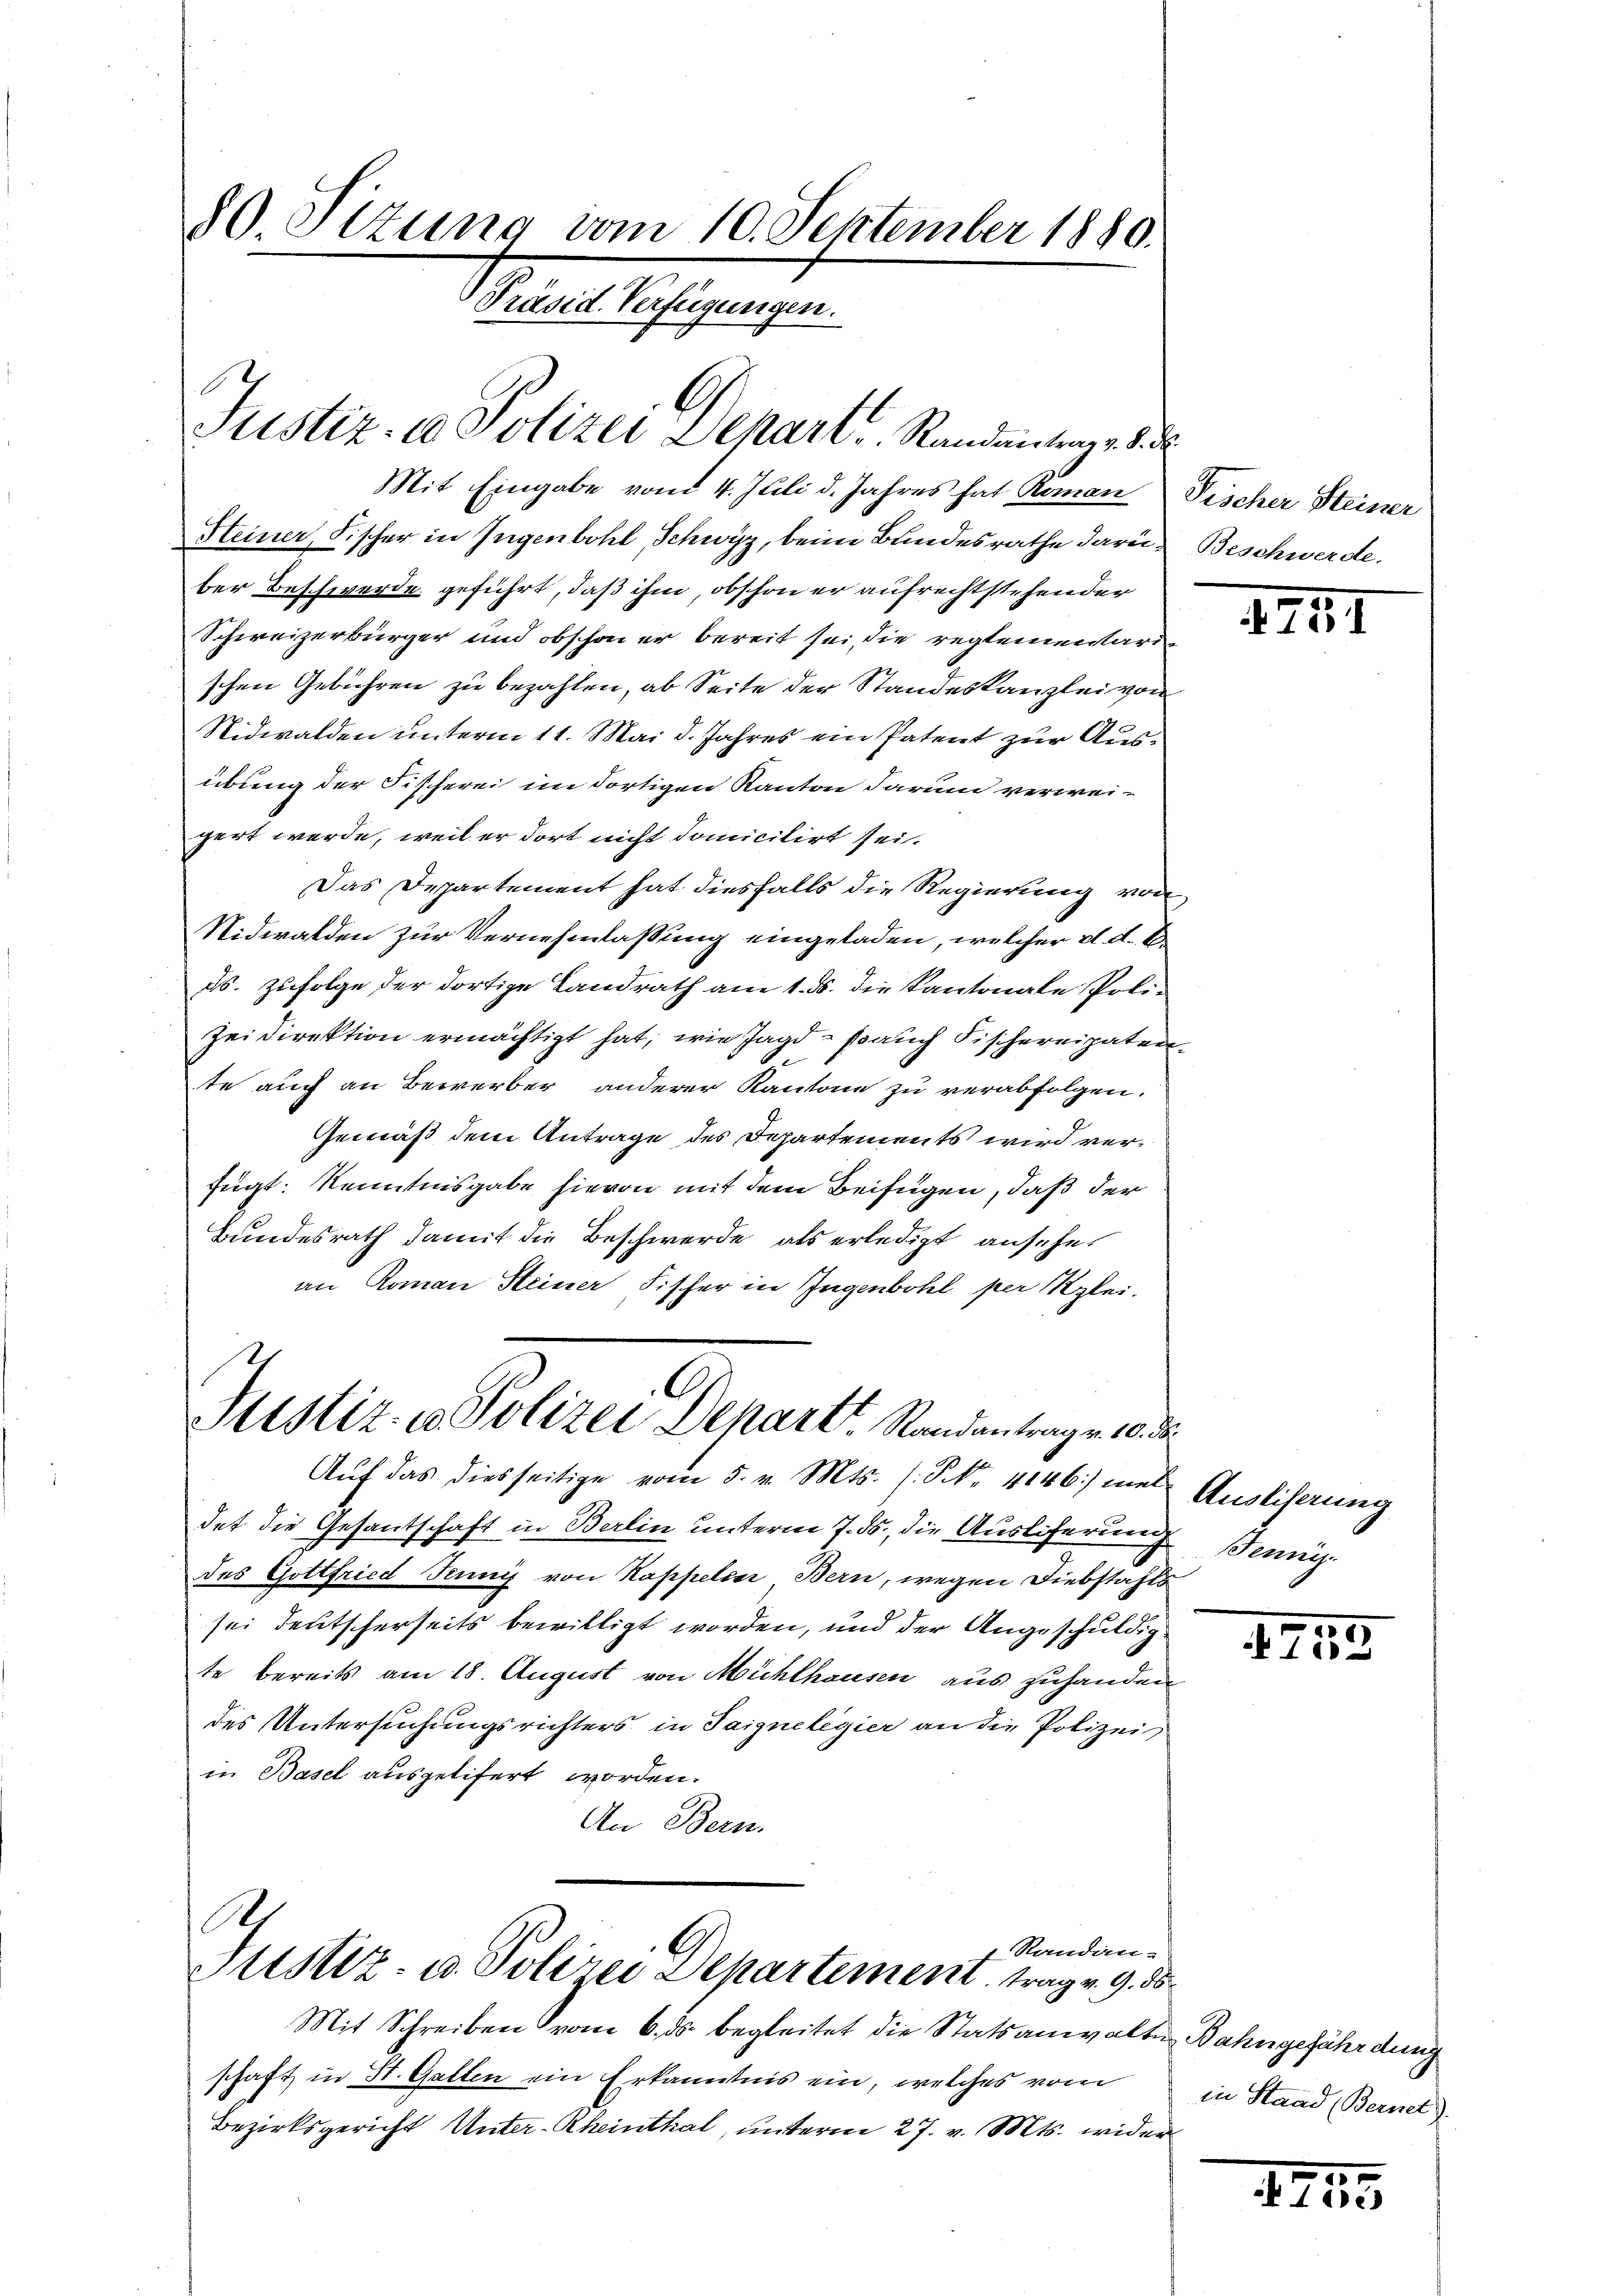
80. Sizung vom 10. September 1880.
Präsid. Verfügungen.

A
Justiz- & Polizei Schart, Randantrag v. 8.

Mit Eingabe vom 4. Juli d. Jahres hat Roman Tischer Steiner
Kleiner, Fischer in Jugenbohl, Schwyz, beim Bundesrathe dare Beschwerde.
ber Beschwerde geführt, daß ihm, obschon er aufrechtstehender
Schweizerbürger und obschon er bereit sei, die reglementarischen Gebühren zu bezahlen, ab Seite der Standeskanzlei von
Nidwalden unterm 11. Mai d. Jahres ein Patent zur Ausübung der Fischerei im dortigen Kanton darum verweigert werde, weil er dort nicht domicilirt sei.
Das Departement hat diesfalls die Regierung von
Nidwalden zur Vernehmlassung eingeladen, welcher d. d. B.
ds. zufolge der dortige Landrath am 1. ds. die Kantonale Poli-
Zeidirektion ermächtigt hat, wie Jagd- Bauch Fischereipaten
te auch an Bewerber anderer Kantone zu verabfolgen.
Gemäß dem Antrage des Departements wird verfügt: Kenntnisgabe hievon mit dem Beifügen, daß der
Bundesrath damit die Beschwerde als erledigt ansehen
an Roman Steiner Fischer in Ingenbohl per Klei-
21
Justiz- u. Polizei Depart. Randantrag v. 10. d.

Aŭf das diesseitige vom 5. v. Mts. s. S. Nr. 4146) mit Ausliserung
det die Gesantschaft in Berlin unterm 7. ds., die Auslieferung
des Gottfried Jennij von Kappelin Bern, wegen Diebstafts
sei deutscherseits bewilligt worden, und der Angeschuldig
te bereits am 18. August von Mühlhausen aus zuhanden
des Untersuchungsrichters in Saigne legier an die Polizei,
in Basel ausgetifert worden.
An Bern.

A
 Randan-
Justiz- u. Polizei Departement trag v. 9. ds.

Mit Schreiben vom 6. ds. begleitet die Statsanwaltschaft in St. Gatten ein Erkanntnis ein, welches vom
Bezirksgericht Unter-Rheinthal, unterm 27. v. Mts. wider

f

2254

Jenni

715

in Bahngefährdung
in Staad (Bernet).

1
 120